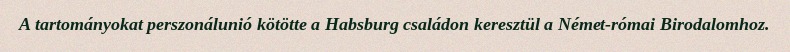
A tartományokat perszonálunió kötötte a Habsburg családon keresztül a Német-római Birodalomhoz.